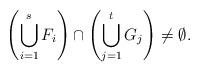
LaTeX: \begin{align*}\left(\bigcup_{i=1}^s F_i\right) \cap \left(\bigcup_{j=1}^t G_j\right) \not= \emptyset.\end{align*}